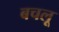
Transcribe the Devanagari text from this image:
बचलू